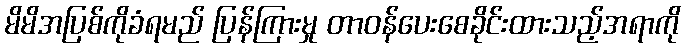
မိမိအပြစ်ကိုခံရမည် ပြန်ကြားမှု တာဝန်ပေးစေခိုင်းထားသည့်အရာကို